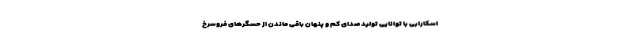
اسکارابی با توانایی تولید صدای کم و پنهان باقی ماندن از حسگرهای فروسرخ